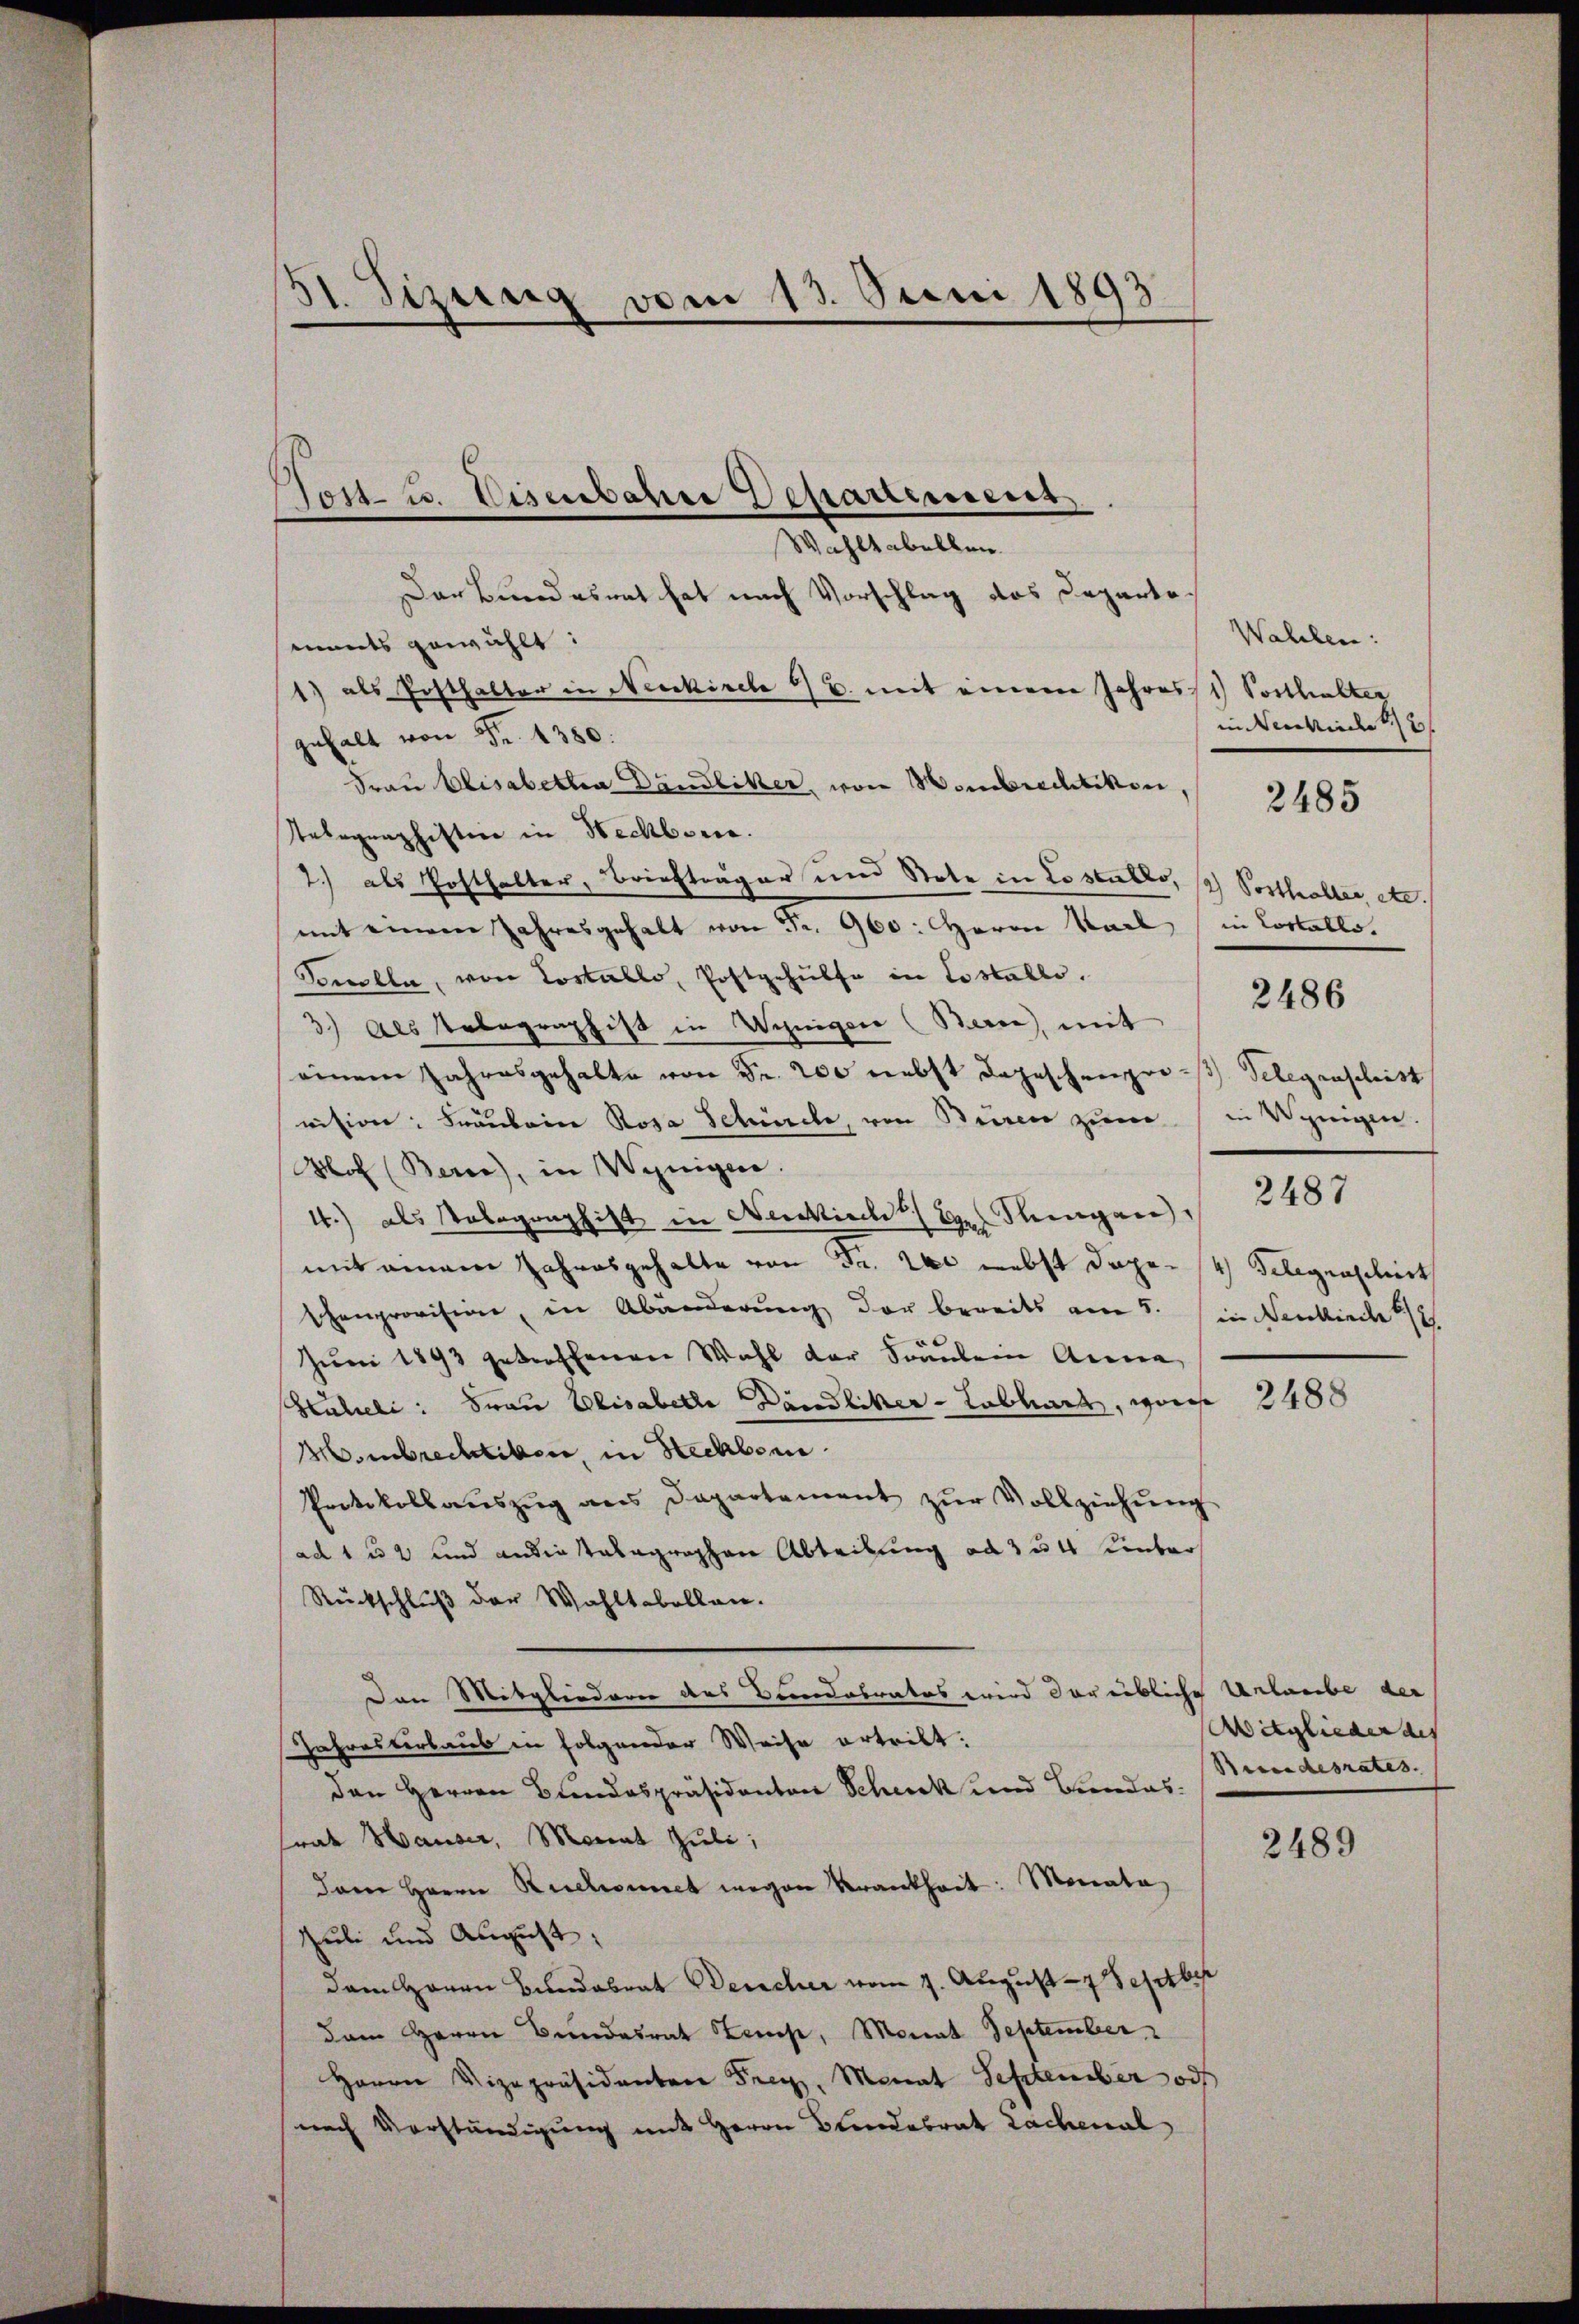
31. Sizung vom 13. Juni 1893

Tost- u. Eisenbahre Departement
Wahltabellen.

Der Bundesrat hat nach Vorschlag des Departemants gewählt:
1) als Posthalter in Neukirche 6 B. mit einem Jahres Vorthalter
gehalt von Fr. 1380.
Frau Elisabetha Dändliker, von Hombrechtikon,
Telegraphisten in Neckborn.
2.) als Posthalter, Briefträger und Stote in Costullo, / Posthalter etc.
mit einem Jahresgehalt von Fr. 960: Herrn Karl in Cortallo.
Tomlla, von Costallo, Postgehülfe in Costallo.
3) des Telegraphist in Winiger (Berne, mit
einem Jahresgehalte von Fr. 200 nebst dageschenger - Gelegraschist
vision: Fräulein Rosa Schüele, von Brixen zum
Nof (Berne), in Wenigen.
4.) als Kolographist in Neukirchl. Er Singen 2481
mit einem Jahresgehalte von Fr. 200 nebst dage- 4) Gelegenschirt
schenprovision, in Abänderung der bereits am 5. in Benkirche 1/2
Juni 1893 getroffenen Wahl der Fräulein Arena
Huleli: Frau Elisabelle Dändliker-Labhard, wäres
Hombrechtiben, in Steckborn.
Protokollaŭszŭg ans Departement zŭr Vollziehŭng
ad 1 u 2 und an die talagraphen Abteilung ad 354 unber
Rückschluß der Wahltabellen.
Den Mitgliedern des Bandabrates wird der übliche Urlaube der
Iahresterbaus in folgender Weise ertritt:
den Herren Bundespräsidenten Scheck und Bundes.
frat Hauser, Monat Juli,
dam Herrn Kuchonnet wegen Krankheit: Monata
Juli und August
dem Herrn Bundesrat Deucher vom 7. August - 7 Festber
dam Herrn Bundesrat Kemp, Monat September
Herrn Vizepräsidenten Frey, Monat September od
nach Vorständigung mit Herrn Blendesrat Lachenal

Wahlen:
in erhinde 12
2486
in Wenigen.

2485

2488

2489

Witglieder des
Beundesrates.